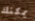
يمكنك